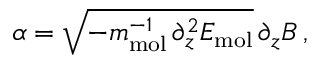
\alpha = \sqrt { - m _ { \mathrm { m o l } } ^ { - 1 } \, \partial _ { z } ^ { 2 } E _ { \mathrm { m o l } } } \, \partial _ { z } B \, ,